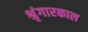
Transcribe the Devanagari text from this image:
श्रृंगारकाल